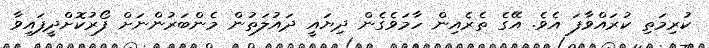
ކުރިމަތި ކުރައްވާފަ އެވެ. އޭގެ ތެރެއިން ހާމަވެގެން ދިޔައީ ދައުލަތުން މެންބަރުންނަށް ފޯރުކޮށްދީފައިވާ